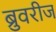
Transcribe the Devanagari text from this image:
ब्रुवरीज